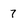
Character: 7